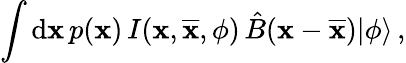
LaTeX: \int\mathrm{d}\textbf{x}\, p(\textbf{x})\, I(\textbf{x},\overline{{\textbf{x}}},\phi)\, \hat{B}(\textbf{x}-\overline{{\textbf{x}}})|\phi\rangle\, ,